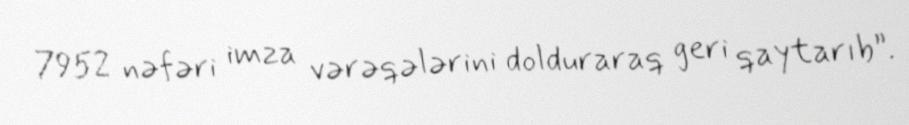
7952 nəfəri imza vərəqələrini dolduraraq geri qaytarıb”.